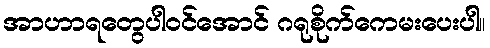
အာဟာရတွေပါဝင်အောင် ဂရုစိုက်ကေမးပေးပါ။